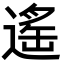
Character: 遙